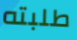
طلبته